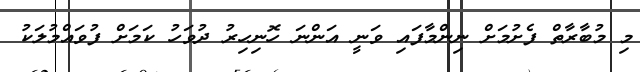
މި މުބާރާތް ފެށުމަށް ނިންމާފައި ވަނީ އަންނަ ހޮނިހިރު ދުވަހު ކަމަށް ފުވައްމުލަކު